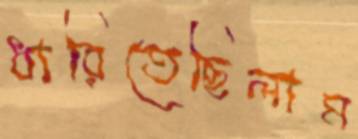
ধারিতেছিলাম